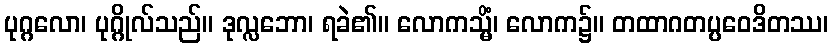
ပုဂ္ဂလော၊ ပုဂ္ဂိုလ်သည်။ ဒုလ္လဘော၊ ရခဲ၏။ လောကသ္မိံ၊ လောက၌။ တထာဂတပ္ပဝေဒိတဿ၊